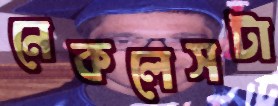
নেকলেসটা